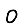
Digit: 0